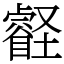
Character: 壡